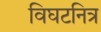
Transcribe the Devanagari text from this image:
विघटनित्र